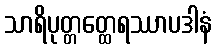
သာရိပုတ္တတ္ထေရဿာပဒါနံ